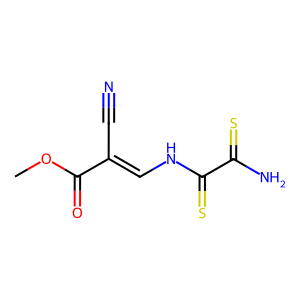
SMILES: COC(=O)C(C#N)=CNC(=S)C(N)=S
Inhibits HIV replication: No